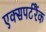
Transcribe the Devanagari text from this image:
एक्सपर्टरैंक